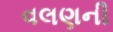
વલણની